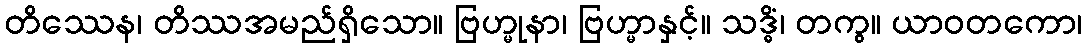
တိဿေန၊ တိဿအမည်ရှိသော။ ဗြဟ္မုနာ၊ ဗြဟ္မာနှင့်။ သဒ္ဓိံ၊ တကွ။ ယာဝတကော၊